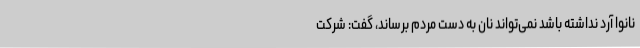
نانوا آرد نداشته باشد نمی‌تواند نان به دست مردم برساند، گفت: شرکت